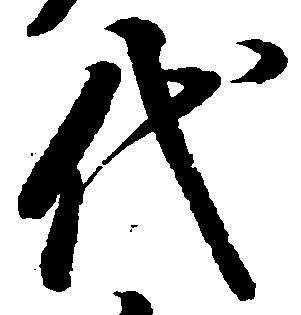
代